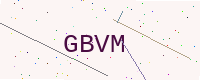
Text: GBVM